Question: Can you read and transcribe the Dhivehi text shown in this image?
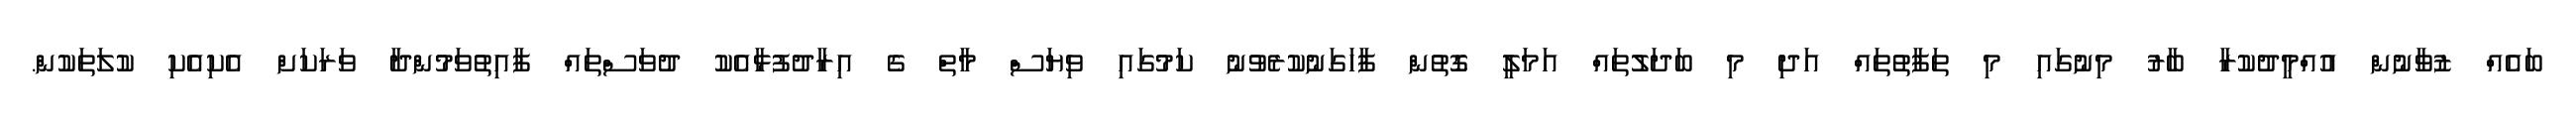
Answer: ބައެއް ޒުވާނުން އުއްމީދުކުރާ ބާރު މިނުގައި މި ތަފާތުތައް އަދި މި ބަދަލުތައް އަމަލީ ގޮތުން ފާހަގަނުކުރެވުނު ކަމުގައި ވިޔަސް މާތް ގެ އިރާދުފުޅާއެކު ދުވަސްތައް ފާއިތުވަމުންދާ ވަރަކަށް އެކިއެކި ކުލަތަކުން.